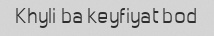
Khyli ba keyfiyat bod